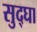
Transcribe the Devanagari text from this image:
सुद्घा